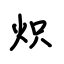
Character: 炽